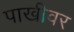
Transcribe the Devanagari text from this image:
पाखीवर